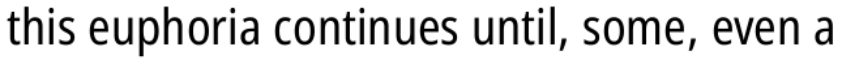
this euphoria continues until, some, even a